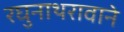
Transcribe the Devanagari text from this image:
रघुनाथरावाने